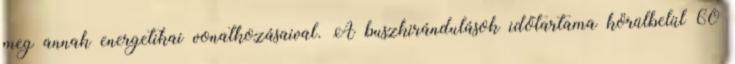
meg annak energetikai vonatkozásaival. A buszkirándulások időtartama körülbelül 60